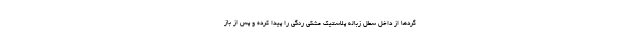
گردها از داخل سطل زباله پلاستیک مشکی رنگی را پیدا کرده و پس از باز